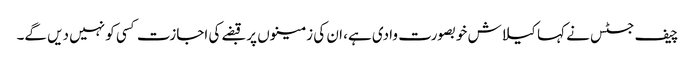
چیف جسٹس نے کہا کیلاش خوبصورت وادی ہے، ان کی زمینوں پر قبضے کی اجازت کسی کو نہیں دیں گے۔